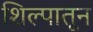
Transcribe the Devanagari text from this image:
शिल्पातून